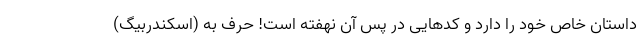
داستان خاص خود را دارد و کدهایی در پس آن نهفته است! حرف به (اسکندربیگ)